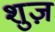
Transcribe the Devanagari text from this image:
शुज़